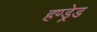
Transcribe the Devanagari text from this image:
हण्ड्रेड